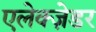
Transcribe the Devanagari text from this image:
एलेक्ज़ेडर